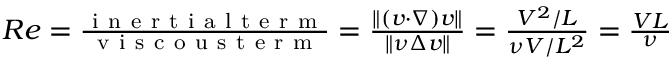
\begin{array} { r } { R e = \frac { \mathrm { ~ i ~ n ~ e ~ r ~ t ~ i ~ a ~ l ~ t ~ e ~ r ~ m ~ } } { \mathrm { ~ v ~ i ~ s ~ c ~ o ~ u ~ s ~ t ~ e ~ r ~ m ~ } } = \frac { \| ( v \cdot \nabla ) v \| } { \| \nu \Delta v \| } = \frac { V ^ { 2 } / L } { \nu V / L ^ { 2 } } = \frac { V L } { \nu } } \end{array}